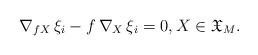
LaTeX: \begin{align*} \nabla_{{f} X}\,\xi_i - {f}\,\nabla_{X}\,\xi_i = 0,X\in \mathfrak{X}_M.\end{align*}